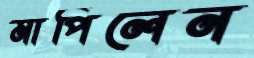
মাপিলেন